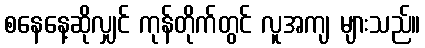
စနေနေ့ဆိုလျှင် ကုန်တိုက်တွင် လူအကျ များသည်။